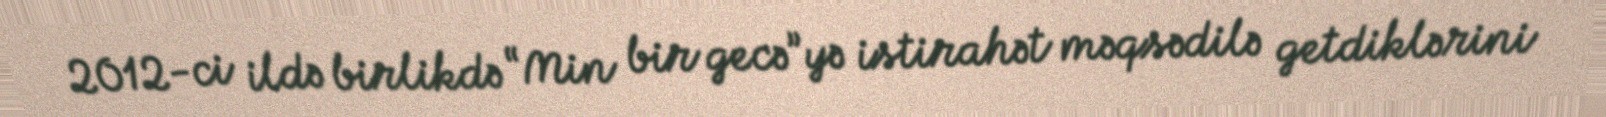
2012-ci ildə birlikdə “Min bir gecə”yə istirahət məqsədilə getdiklərini